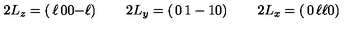
2 L _ { z } = \left( \begin{matrix} { \ell } & { 0 } \\ { \noalign { \smallskip } 0 } & { - \ell } \\ \end{matrix} \right) \qquad 2 L _ { y } = \left( \begin{matrix} { 0 } & { 1 } \\ { \noalign { \smallskip } - 1 } & { 0 } \\ \end{matrix} \right) \qquad 2 L _ { x } = \left( \begin{matrix} { 0 } & { \ell } \\ { \noalign { \smallskip } \ell } & { 0 } \\ \end{matrix} \right)